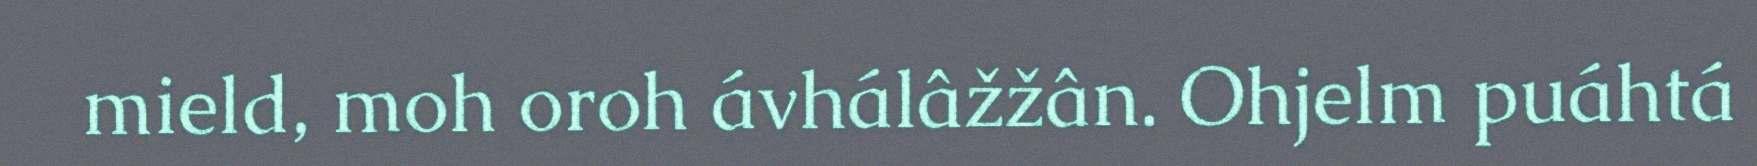
mield, moh oroh ávhálâžžân. Ohjelm puáhtá